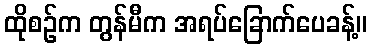
ထိုစဉ်က တွန်မီက အရပ်ခြောက်ပေခန့်။